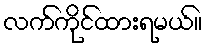
လက်ကိုင်ထားရမယ်။